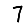
Digit: 7